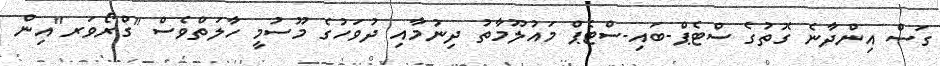
ގަސް އިންދާނެ ގޮތުގެ ސްޓެޕް-ބައި-ސްޓެޕް މައުލޫމާތު ދިނުމާއި ދުވަހުގެ މޫސުމީ ހާލަތްވެސް "ގްރޯވަރ"އިން